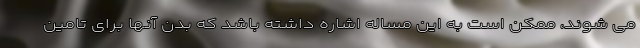
می شوند، ممکن است به این مساله اشاره داشته باشد که بدن آنها برای تامین